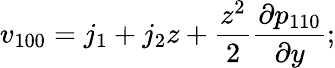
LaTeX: v_{100}=j_{1}+j_{2}z+\frac{z^{2}}{2}\frac{\partial p_{110}}{\partial y};